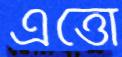
এত্তো